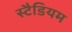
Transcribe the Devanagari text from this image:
स्टैडियम